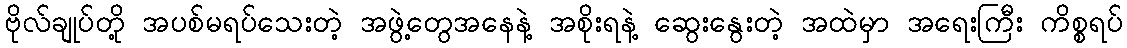
ဗိုလ်ချုပ်တို့ အပစ်မရပ်သေးတဲ့ အဖွဲ့တွေအနေနဲ့ အစိုးရနဲ့ ဆွေးနွေးတဲ့ အထဲမှာ အရေးကြီး ကိစ္စရပ်